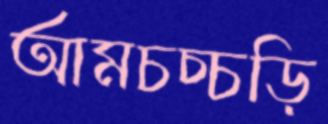
আমচচ্চড়ি